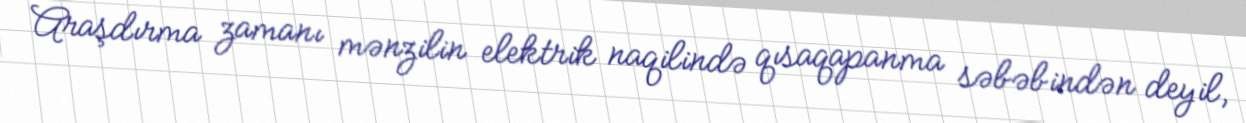
Araşdırma zamanı mənzilin elektrik naqilində qısaqapanma səbəbindən deyil,